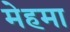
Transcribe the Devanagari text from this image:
मेहमा